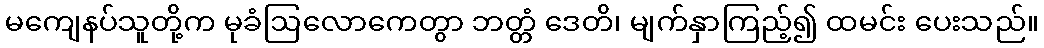
မကျေနပ်သူတို့က မုခံဩလောကေတွာ ဘတ္တံ ဒေတိ၊ မျက်နှာကြည့်၍ ထမင်း ပေးသည်။